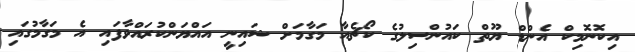
އިކޮނޮމިކް އެންޑް ޔޫތް ކައުންސިލުގެ ކޯޗެއާ މަގާމަށް ޝައިނީ އައްޔަންކުރައްވާފައި އެ މަގާމުގައި